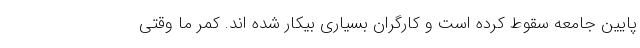
پایین جامعه سقوط کرده است و کارگران بسیاری بیکار شده اند. کمر ما وقتی